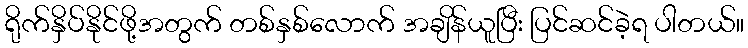
ရိုက်နှိပ်နိုင်ဖို့အတွက် တစ်နှစ်လောက် အချိန်ယူပြီး ပြင်ဆင်ခဲ့ရ ပါတယ်။